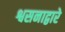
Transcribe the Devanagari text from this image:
श्वसनाद्वारे